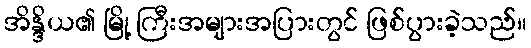
အိန္ဒိယ၏ မြို့ ကြီးအများအပြားတွင် ဖြစ်ပွားခဲ့သည်။